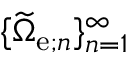
\{ \widetilde { \Omega } _ { \mathrm { e } ; n } \} _ { n = 1 } ^ { \infty }